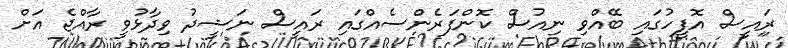
ރައީސް އޮފީހުގައި ބޭއްވި ނިއުސް ކޮންފަރެންސެއްގައި ރައީސް ނަޝީދު ވިދާޅުވީ ރާއްޖެ އަށް